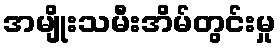
အမျိုးသမီးအိမ်တွင်းမှု